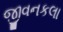
જીવનકલા